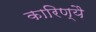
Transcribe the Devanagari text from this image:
कारिण्यै